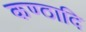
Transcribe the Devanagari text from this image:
कण्ठादि